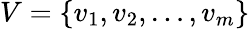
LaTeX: V=\{ v_{1},v_{2},\dots,v_{m}\}